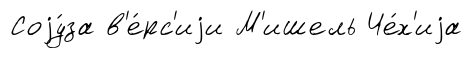
Соjу́за в'е́рс'иjи М'ишель Че́х'иjа